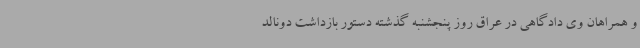
و همراهان وی دادگاهی در عراق روز پنجشنبه گذشته دستور بازداشت دونالد